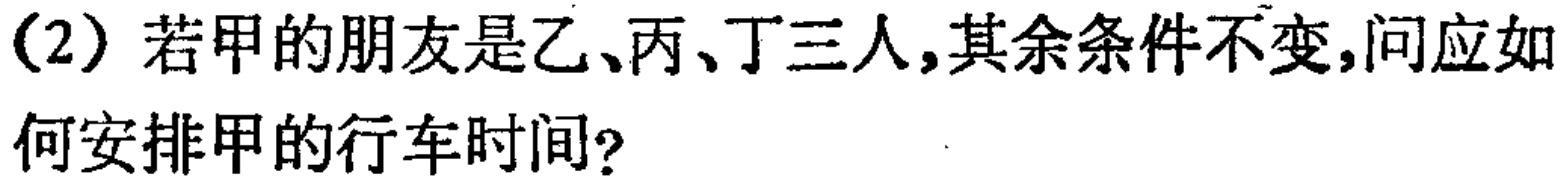
(2) 若甲的朋友是乙、丙、丁三人,其余条件不变,问应如何安排甲的行车时间?